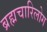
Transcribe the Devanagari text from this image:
ब्रह्मचारिलोग